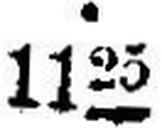
1125